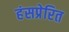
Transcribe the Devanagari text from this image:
हंसप्रेरित